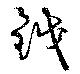
鉞